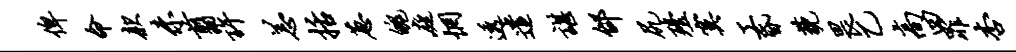
俾命款未翦许恙括葱魄庭惘透遣谌邰尻殪寞工昏藐畏乙高四罪杏